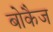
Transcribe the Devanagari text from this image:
बोकैज